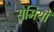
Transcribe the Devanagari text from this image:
सेमियों